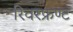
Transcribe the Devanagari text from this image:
रिवरफ्रण्ट